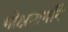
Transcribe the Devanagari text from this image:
मोक्षमार्गाने